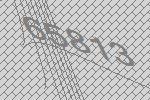
65813